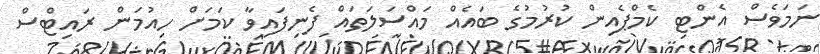
ނަމަވެސް އެންޓި ކެމްޕެއިން ކުރުމުގެ ބައެއް މައްސަލަތައް ފެނިފައިވާ ކަމަށް ހިއުމަން ރައިޓްސް